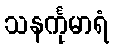
သနင်္ကုမာရံ